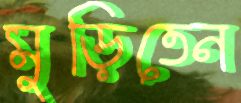
মুড়িতেন